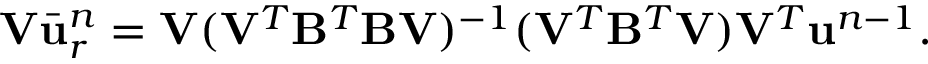
\mathbf { V } \bar { \ensuremath { \mathbf { u } } } _ { r } ^ { n } = \mathbf { V } ( \mathbf { V } ^ { T } \mathbf { B } ^ { T } \mathbf { B } \mathbf { V } ) ^ { - 1 } ( \mathbf { V } ^ { T } \mathbf { B } ^ { T } \mathbf { V } ) \mathbf { V } ^ { T } \ensuremath { \mathbf { u } } ^ { n - 1 } .